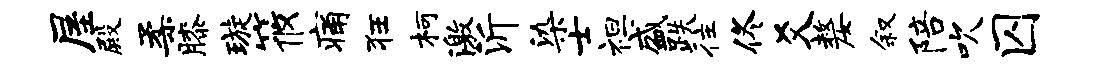
屋殿柔膝璇筱痛狂柯激沂染士袒盛跌往佟爻嫠叙陪吹囚